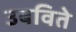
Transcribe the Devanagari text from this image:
उबविते